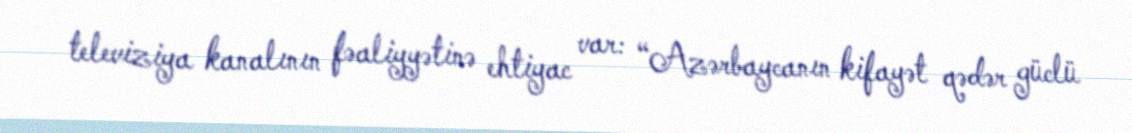
televiziya kanalının fəaliyyətinə ehtiyac var: “Azərbaycanın kifayət qədər güclü